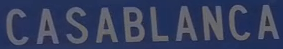
CASABLANCA